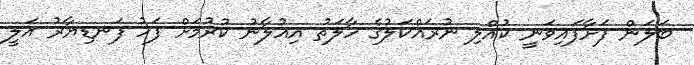
ބަލަން ފަށާފައިވަނީ ކުއްލި ނުރައްކަލުގެ ހާލަތު އިއުލާނު ކުރުމަށް ފަހު ފަނޑިޔާރު އަލީ